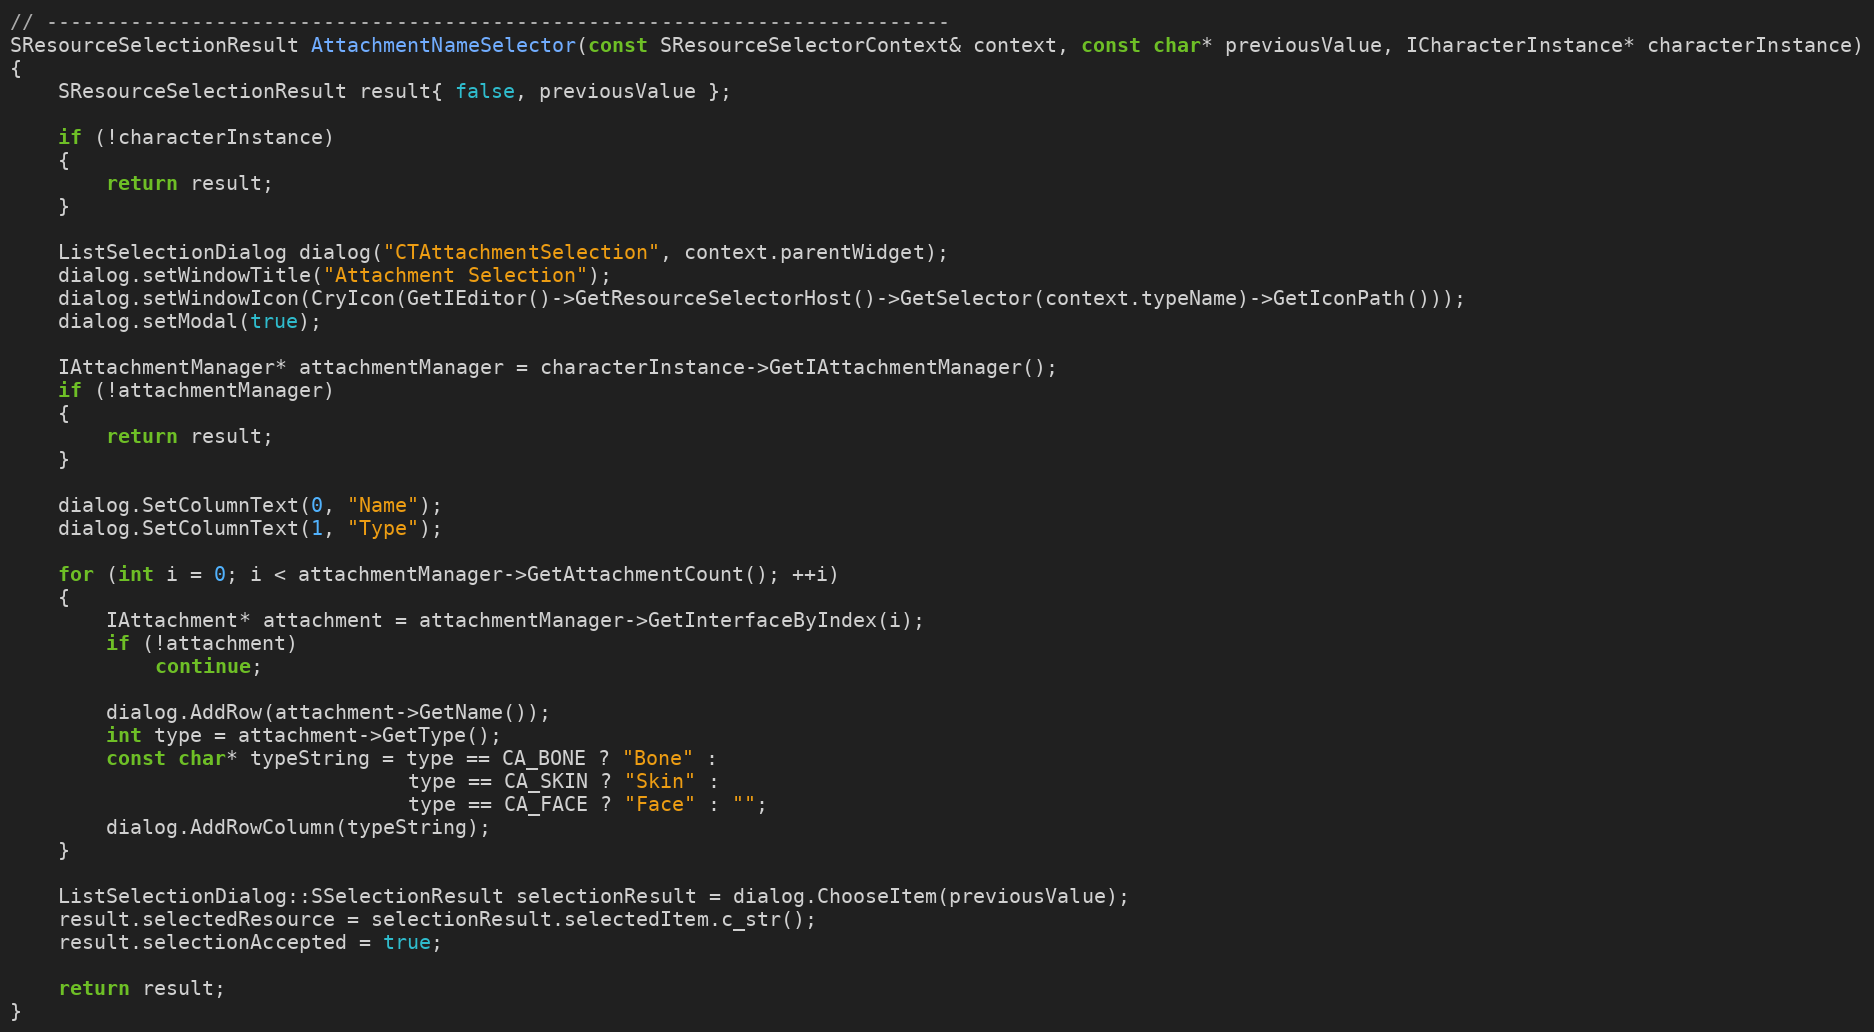
Language: C++
// ---------------------------------------------------------------------------
SResourceSelectionResult AttachmentNameSelector(const SResourceSelectorContext& context, const char* previousValue, ICharacterInstance* characterInstance)
{
	SResourceSelectionResult result{ false, previousValue };

	if (!characterInstance)
	{
		return result;
	}

	ListSelectionDialog dialog("CTAttachmentSelection", context.parentWidget);
	dialog.setWindowTitle("Attachment Selection");
	dialog.setWindowIcon(CryIcon(GetIEditor()->GetResourceSelectorHost()->GetSelector(context.typeName)->GetIconPath()));
	dialog.setModal(true);

	IAttachmentManager* attachmentManager = characterInstance->GetIAttachmentManager();
	if (!attachmentManager)
	{
		return result;
	}

	dialog.SetColumnText(0, "Name");
	dialog.SetColumnText(1, "Type");

	for (int i = 0; i < attachmentManager->GetAttachmentCount(); ++i)
	{
		IAttachment* attachment = attachmentManager->GetInterfaceByIndex(i);
		if (!attachment)
			continue;

		dialog.AddRow(attachment->GetName());
		int type = attachment->GetType();
		const char* typeString = type == CA_BONE ? "Bone" :
		                         type == CA_SKIN ? "Skin" :
		                         type == CA_FACE ? "Face" : "";
		dialog.AddRowColumn(typeString);
	}

	ListSelectionDialog::SSelectionResult selectionResult = dialog.ChooseItem(previousValue);
	result.selectedResource = selectionResult.selectedItem.c_str();
	result.selectionAccepted = true;

	return result;
}